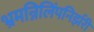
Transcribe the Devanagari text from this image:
भ्रमन्निलिंपनिर्झरी